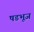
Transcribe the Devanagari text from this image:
षडभूज